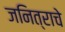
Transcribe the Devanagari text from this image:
जनित्राचे